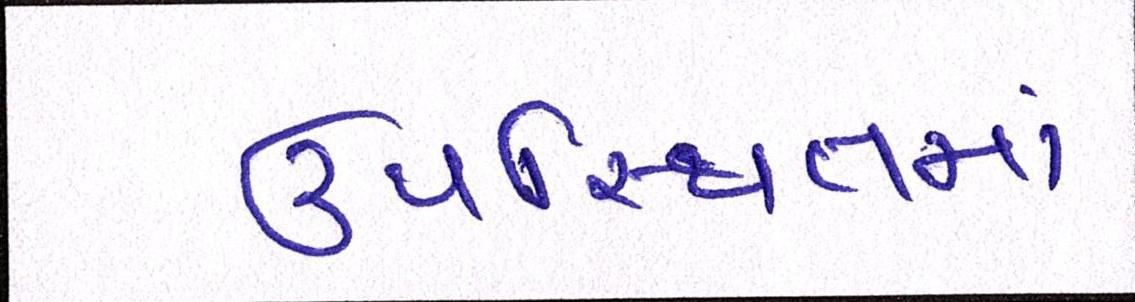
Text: ઉપસ્થિતમાં